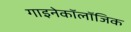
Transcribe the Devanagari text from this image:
गाइनेकॉलॉजिक